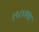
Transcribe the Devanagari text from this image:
१९८५च्या